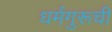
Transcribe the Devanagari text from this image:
धर्मगुरूची